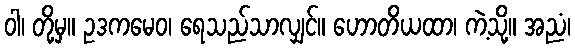
ဝါ၊ တို့မှ။ ဥဒကမေဝ၊ ရေသည်သာလျှင်။ ဟောတိယထာ၊ ကဲ့သို့။ အညံ၊